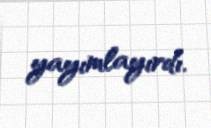
yayımlayırdı.